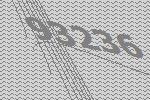
93236